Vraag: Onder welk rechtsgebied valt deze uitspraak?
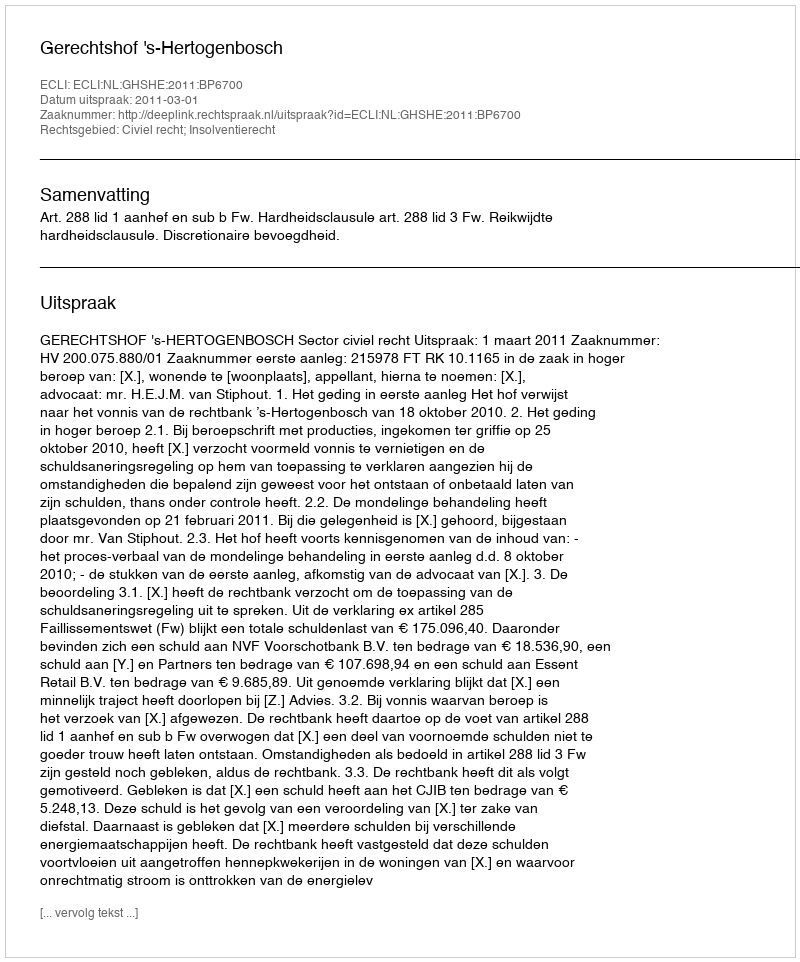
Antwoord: Civiel recht; Insolventierecht